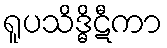
ရူပသိဒ္ဓိဋီကာ